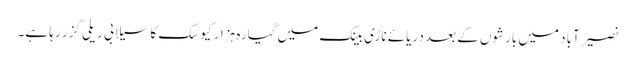
نصیرآباد میں بارشوں کے بعد دریائے ناڑی بینک میں گیارہ ہزار کیوسک کا سیلابی ریلی گزر رہا ہے۔